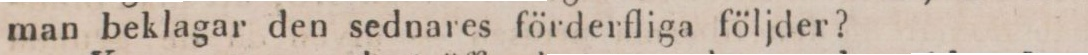
man beklagar den sednares förderfliga följder?